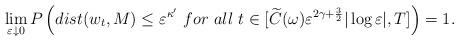
LaTeX: \begin{align*}\lim _{\varepsilon \downarrow 0}P \left( dist (w_t, M)\leq \varepsilon ^{\kappa '} \ for\ all\ t \in [\widetilde{C}(\omega )\varepsilon^{2\gamma +\frac{3}{2}} |\log \varepsilon |,T] \right) =1. \end{align*}